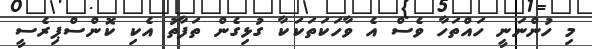
މި ހުންނަނީ ހައްތަހާ ވެސް އެ ވާހަކަތަކަކާ ގުޅިގެން ތަފާތު އެކި ކޮންސްޕިރެސީ